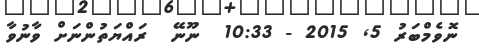
ނޮވެމްބަރު 5